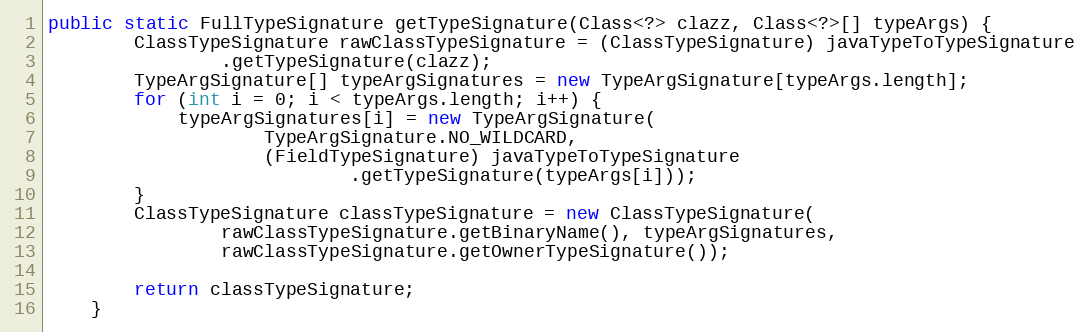
Language: Java
public static FullTypeSignature getTypeSignature(Class<?> clazz, Class<?>[] typeArgs) {
		ClassTypeSignature rawClassTypeSignature = (ClassTypeSignature) javaTypeToTypeSignature
				.getTypeSignature(clazz);
		TypeArgSignature[] typeArgSignatures = new TypeArgSignature[typeArgs.length];
		for (int i = 0; i < typeArgs.length; i++) {
			typeArgSignatures[i] = new TypeArgSignature(
					TypeArgSignature.NO_WILDCARD,
					(FieldTypeSignature) javaTypeToTypeSignature
							.getTypeSignature(typeArgs[i]));
		}
		ClassTypeSignature classTypeSignature = new ClassTypeSignature(
				rawClassTypeSignature.getBinaryName(), typeArgSignatures,
				rawClassTypeSignature.getOwnerTypeSignature());

		return classTypeSignature;
	}